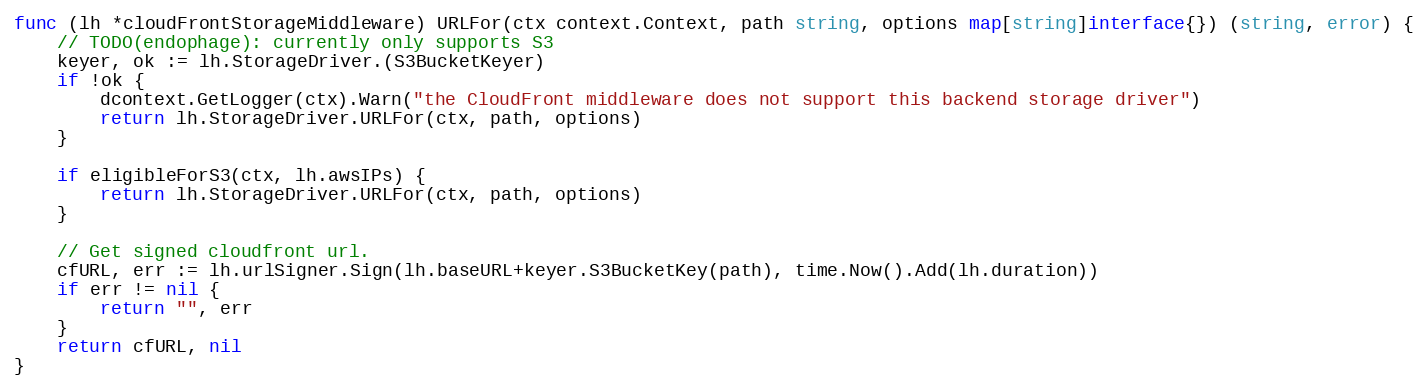
Language: Go
func (lh *cloudFrontStorageMiddleware) URLFor(ctx context.Context, path string, options map[string]interface{}) (string, error) {
	// TODO(endophage): currently only supports S3
	keyer, ok := lh.StorageDriver.(S3BucketKeyer)
	if !ok {
		dcontext.GetLogger(ctx).Warn("the CloudFront middleware does not support this backend storage driver")
		return lh.StorageDriver.URLFor(ctx, path, options)
	}

	if eligibleForS3(ctx, lh.awsIPs) {
		return lh.StorageDriver.URLFor(ctx, path, options)
	}

	// Get signed cloudfront url.
	cfURL, err := lh.urlSigner.Sign(lh.baseURL+keyer.S3BucketKey(path), time.Now().Add(lh.duration))
	if err != nil {
		return "", err
	}
	return cfURL, nil
}